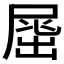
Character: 𡲶